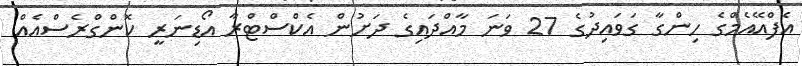
އެފްއޭއެމްގެ ހިންގާ ގަވައިދުގެ 27 ވަނަ މާއްދައިގެ ދަށުން އެކްސްޓްރާ އޯޑިނަރީ ކޮންގްރެސްއެއް